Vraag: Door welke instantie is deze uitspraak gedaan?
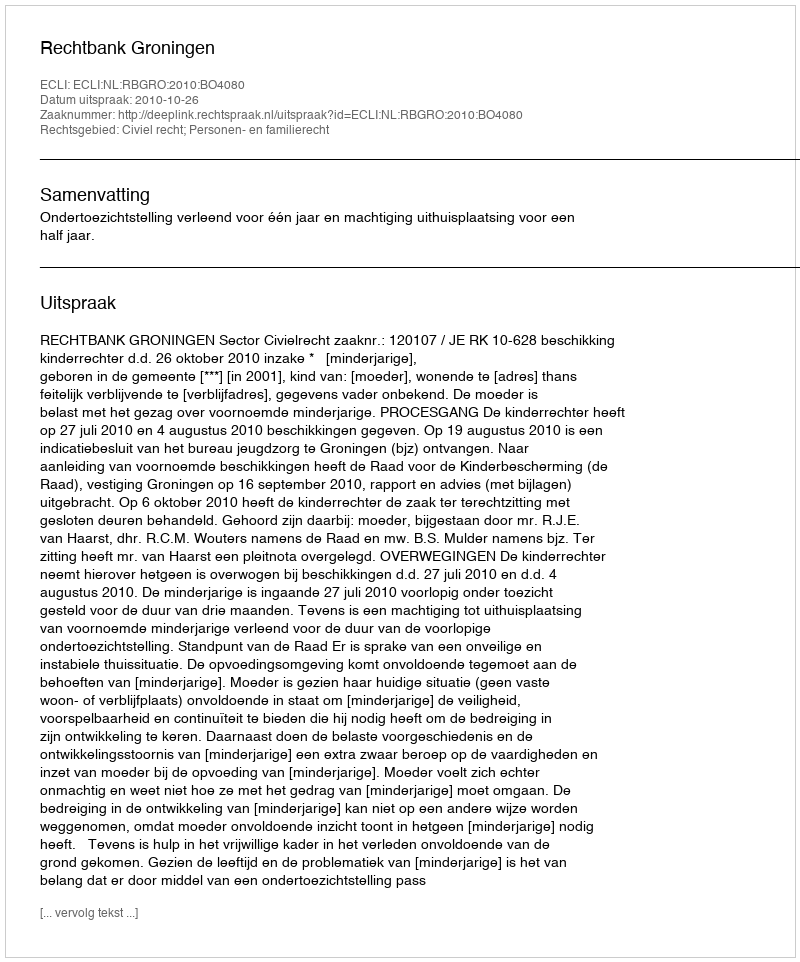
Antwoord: Rechtbank Groningen